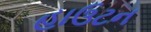
હાઉટન